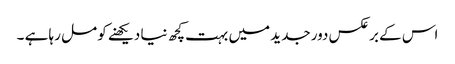
اس کے برعکس دور جدید میں بہت کچھ نیا دیکھنے کو مل رہا ہے ۔